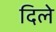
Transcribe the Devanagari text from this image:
दिलेे